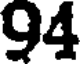
94